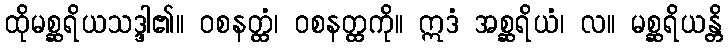
ထိုမစ္ဆရိယသဒ္ဒါ၏။ ဝစနတ္ထံ၊ ဝစနတ္ထကို။ ဣဒံ အစ္ဆရိယံ၊ လ။ မစ္ဆရိယန္တိ